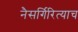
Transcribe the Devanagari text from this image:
नैसर्गिरित्याच